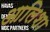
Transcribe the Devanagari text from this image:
आलिशा